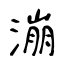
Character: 漰